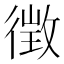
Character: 徴